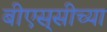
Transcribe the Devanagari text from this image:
बीएस्‌सीच्या